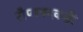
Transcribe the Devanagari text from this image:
रौप्यपदकही